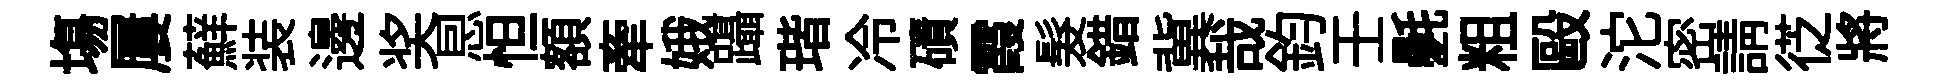
塲屢蘚装邊奖㤙怛額牽娥躡瑎冷磧霞髮錯冀哉鈞壬氎粗毆沱密請徔將